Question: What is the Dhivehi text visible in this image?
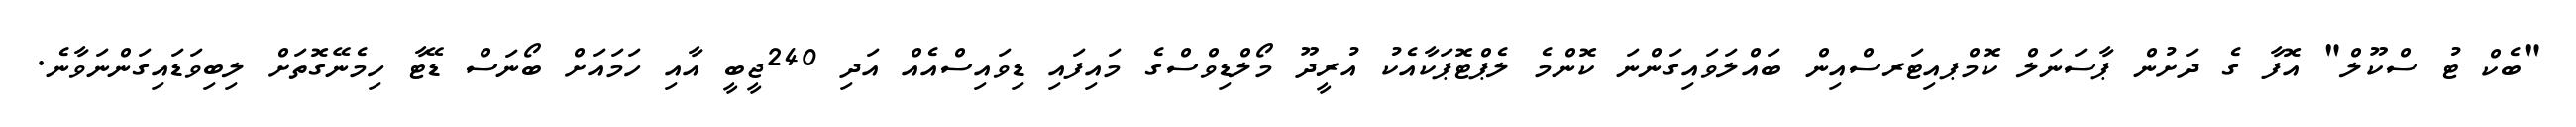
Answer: "ބެކް ޓު ސްކޫލް" އޮފާ ގެ ދަށުން ޕާސަނަލް ކޮމްޕއިޓަރސްއިން ބައްލަވައިގަންނަ ކޮންމެ ލެޕްޓޮޕަކާއެކު އުރީދޫ މޯލްޑިވްސްގެ މައިފައި ޑިވައިސްއެއް އަދި 240ޖީބީ އާއި ހަމައަށް ބޯނަސް ޑޭޓާ ހިމެނޭގޮތަށް ލިބިވަޑައިގަންނަވާނެ.